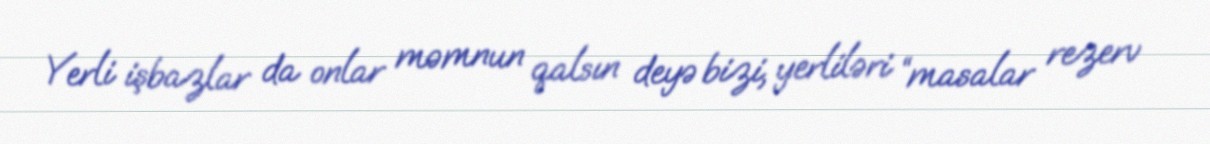
Yerli işbazlar da onlar məmnun qalsın deyə bizi, yerliləri “masalar rezerv